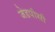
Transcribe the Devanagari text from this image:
जेडपीसी